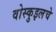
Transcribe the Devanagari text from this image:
वोस्कुइलचे